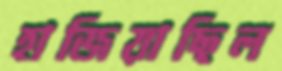
হাজিয়াছিল